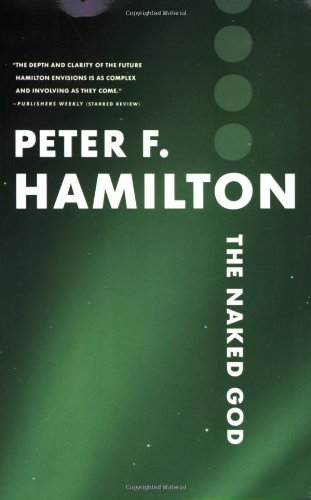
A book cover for The Naked God (The Night's Dawn); Peter F. Hamilton; Science Fiction & Fantasy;